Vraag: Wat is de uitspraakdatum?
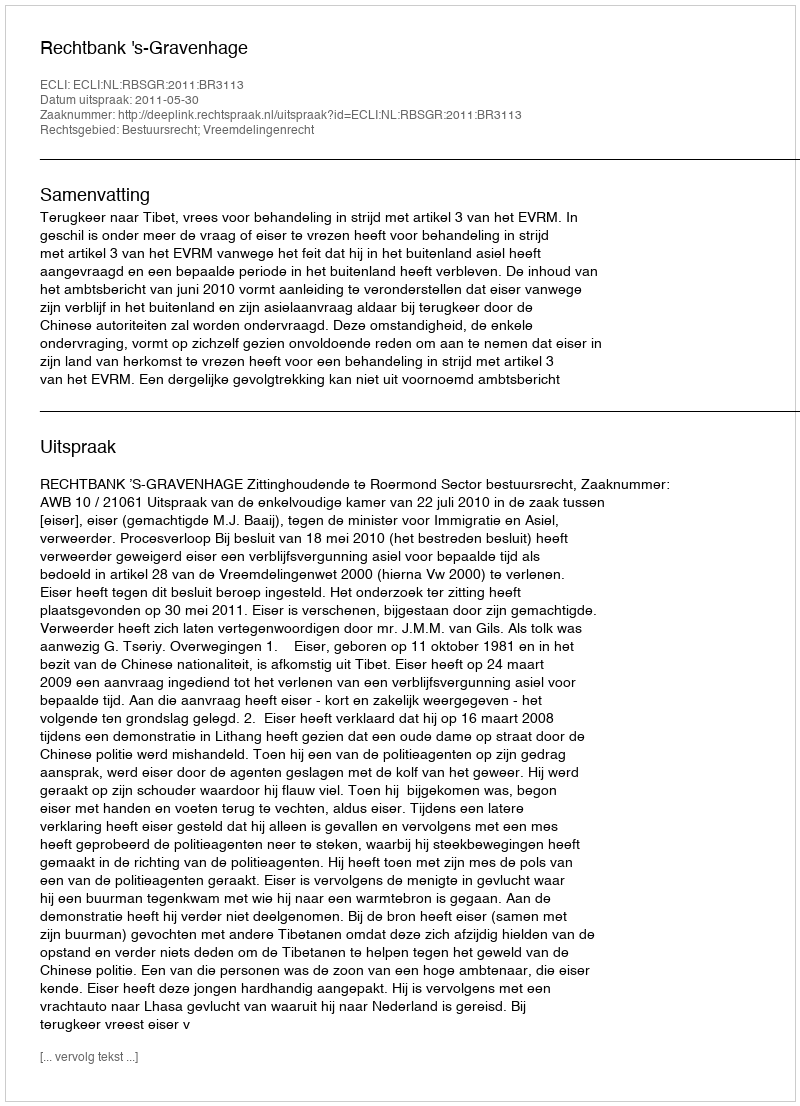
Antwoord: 2011-05-30